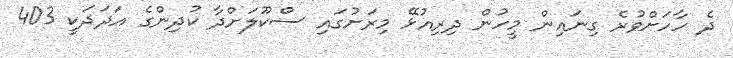
ދެ ހާހަށްވުރެ ގިނައިން މީހުން ދިރިއުޅޭ މިރަށުގައި ސްކޫލަށްދާ ކުދިންގެ އަދަދަކީ 403